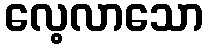
လေ့လာသော